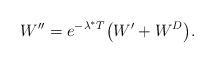
LaTeX: \begin{align*}W''=e^{-\lambda^* T}\big(W'+W^D\big).\end{align*}